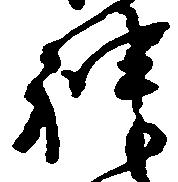
神